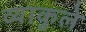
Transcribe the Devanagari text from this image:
व्याकुले